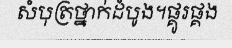
សំបុត្រថ្នាក់ដំបូង។ផ្គូរផ្គង